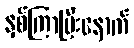
နှစ်ကြာပြီးနောက်